Vaccination in Burma 1900-1911 - 1900-1911
Year: 1900
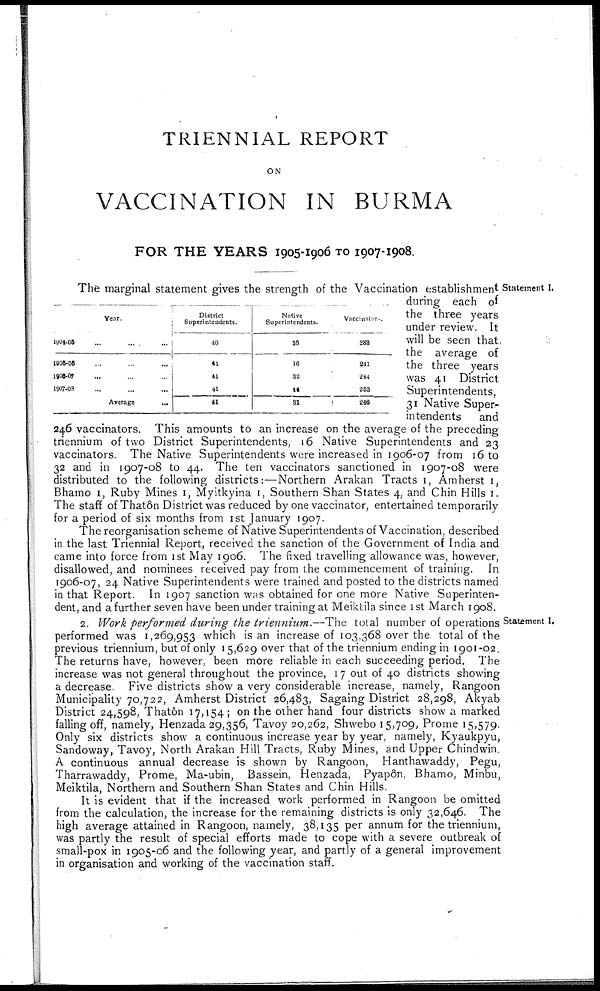
TRIENNIAL REPORT
ON
VACCINATION IN BURMA
FOR THE YEARS 1905-1906 TO 1907-1908.
Statement I.
Year.
1904-05
...
...
...
1905-06 ... ... ...
1906-07 ... ... ...
1907-08 ... ... ...
Average
...
District
Superintendents.
40
41
11
41
41
Native
Superintendents.
16
16
32
44
81
Vaccinators.
233
241
244
253
246
The marginal statement gives the strength of the Vaccination establishment
during each of
the three years
under review. It
will be seen that
the average of
the three years
was 41 District
Superintendents,
31 Native Super-
intendents
and
246 vaccinators. This amounts to an increase on the average of the preceding
triennium of two District Superintendents, 16 Native Superintendents and 23
vaccinators. The Native Superintendents were increased in 1906-07 from 16 to
32 and in 1907-08 to 44. The ten vaccinators sanctioned in 1907-08 were
distributed to the following districts:—Northern Arakan Tracts 1, Amherst 1,
Bhamo 1, Ruby Mines 1, Myitkyina 1, Southern Shan States 4, and Chin Hills 1.
The staff of Thatôn District was reduced by one vaccinator, entertained temporarily
for a period of six months from 1st January 1907.
The reorganisation scheme of Native Superintendents of Vaccination, described
in the last Triennial Report, received the sanction of the Government of India and
came into force from 1st May 1906. The fixed travelling allowance was, however,
disallowed, and nominees received pay from the commencement of training. In
1906-07, 24 Native Superintendents were trained and posted to the districts named
in that Report. In 1907 sanction was obtained for one more Native Superinten-
dent, and a further seven have been under training at Meiktila since 1st March 1908.
Statement I.
2. Work performed during the triennium.—The total number of operations
performed was 1,269,953 which is an increase of 103,368 over the total of the
previous triennium, but of only 15,629 over that of the triennium ending in 1901-02.
The returns have, however, been more reliable in each succeeding period. The
increase was not general throughout the province, 17 out of 40 districts showing
a decrease. Five districts show a very considerable increase, namely, Rangoon
Municipality 70,722, Amherst District 26,483, Sagaing District 28,298, Akyab
District 24,598, Thatôn 17,154; on the other hand four districts show a marked
falling off, namely, Henzada 29,356, Tavoy 20,262, Shwebo 15,709, Prome 15,579.
Only six districts show a continuous increase year by year, namely, Kyaukpyu,
Sandoway, Tavoy, North Arakan Hill Tracts, Ruby Mines, and Upper Chindwin.
A continuous annual decrease is shown by Rangoon, Hanthawaddy, Pegu,
Tharrawaddy, Prome, Ma-ubin, Bassein, Henzada, Pyapôn, Bhamo, Minbu,
Meiktila, Northern and Southern Shan States and Chin Hills.
It is evident that if the increased work performed in Rangoon be omitted
from the calculation, the increase for the remaining districts is only 32,646. The
high average attained in Rangoon, namely, 38,135 per annum for the triennium,
was partly the result of special efforts made to cope with a severe outbreak of
small-pox in 1905-06 and the following year, and partly of a general improvement
in organisation and working of the vaccination staff.